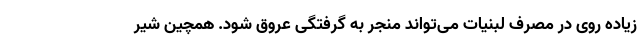
زیاده روی در مصرف لبنیات می‌تواند منجر به گرفتگی عروق شود. همچین شیر